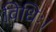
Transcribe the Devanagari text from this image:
विधिः।